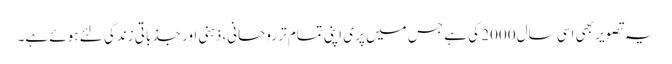
یہ تصویر بھی اسی سال 2000 کی ہے جس میں پری اپنی تمام تر روحانی، ذہنی اور جذباتی زندگی لئے ہوئے ہے۔